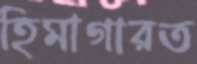
হিমাগারত